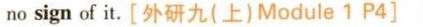
no sign of it.[外研九(上)Module 1 P4]